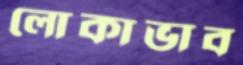
লোকাভাব